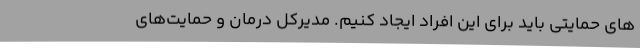
های حمایتی باید برای این افراد ایجاد کنیم. مدیرکل درمان و حمایت‌های